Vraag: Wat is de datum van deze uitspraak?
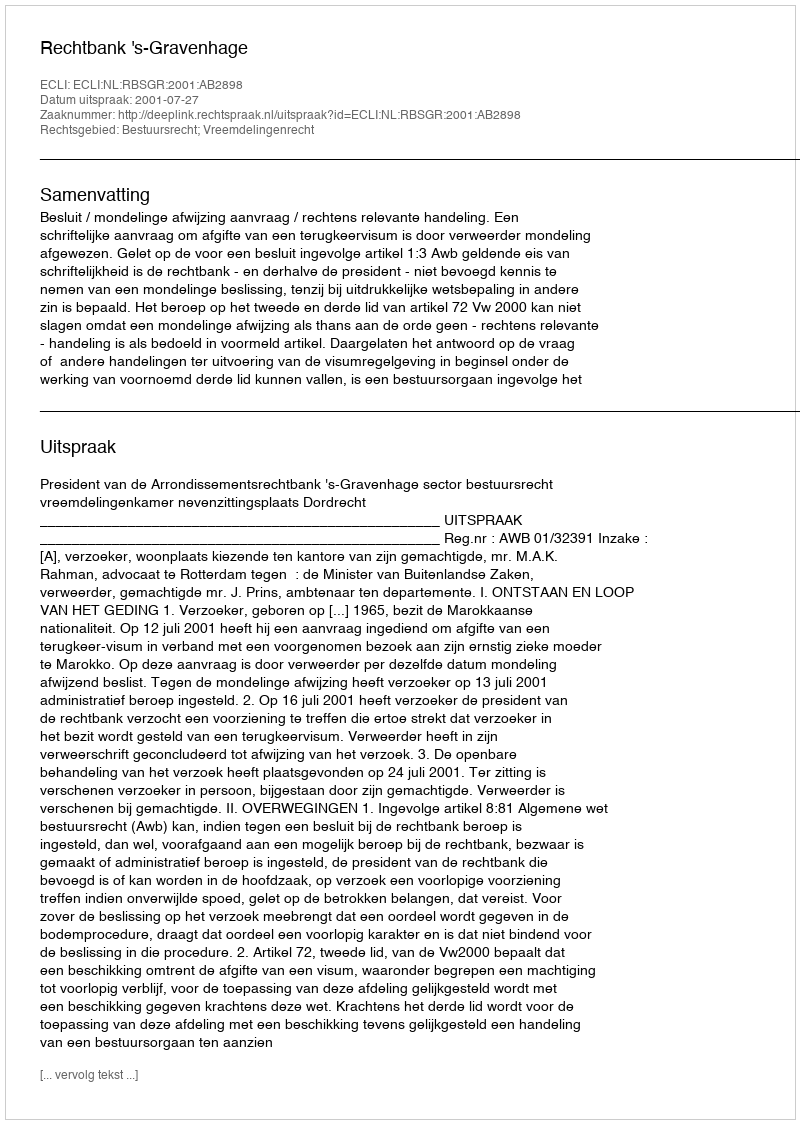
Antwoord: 2001-07-27